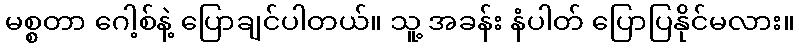
မစ္စတာ ဂေါ့စ်နဲ့ ပြောချင်ပါတယ်။ သူ့ အခန်း နံပါတ် ပြောပြနိုင်မလား။